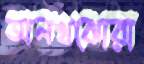
অলখঝোরা